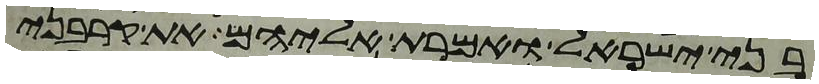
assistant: בני ישראל ואמרת אליהם את קרבני